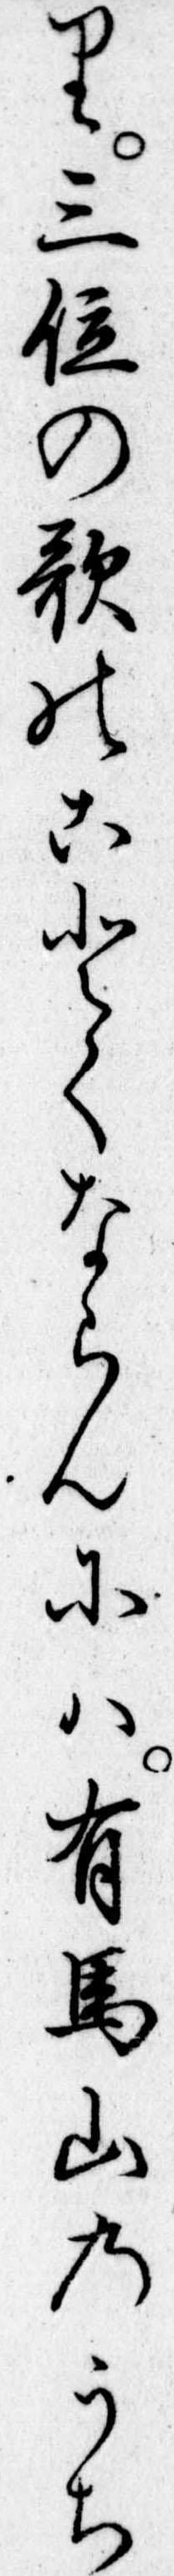
り三位の歌のことくならんには有馬山のうち